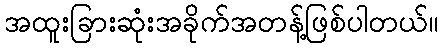
အထူးခြားဆုံးအခိုက်အတန့်ဖြစ်ပါတယ်။